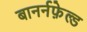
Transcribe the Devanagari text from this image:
बानर्नफ़ेल्ड